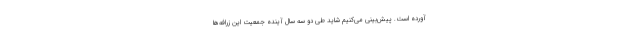
آورده است. پیش‌بینی می‌کنیم شاید طی دو سه سال آینده جمعیت این زرافه‌ها